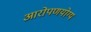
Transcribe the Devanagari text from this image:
आरोपणयोग्य